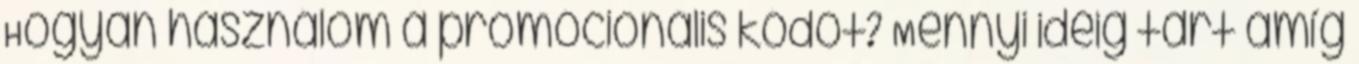
Hogyan használom a promócionális kódot? Mennyi ideig tart amíg